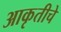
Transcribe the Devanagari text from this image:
आकृतीचे